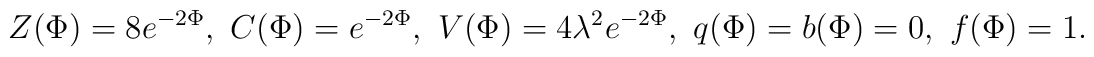
Z(\Phi )= 8 e^{-2\Phi}, \ C(\Phi) =  e^{-2\Phi}, \ V(\Phi)  =4\lambda^2  e^{-2\Phi}, \ q(\Phi) =  b(\Phi) = 0, \  f(\Phi)=1.